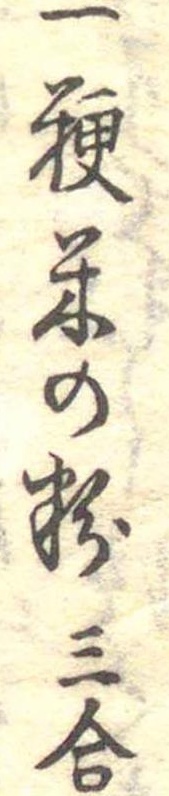
一粳米の粉三合